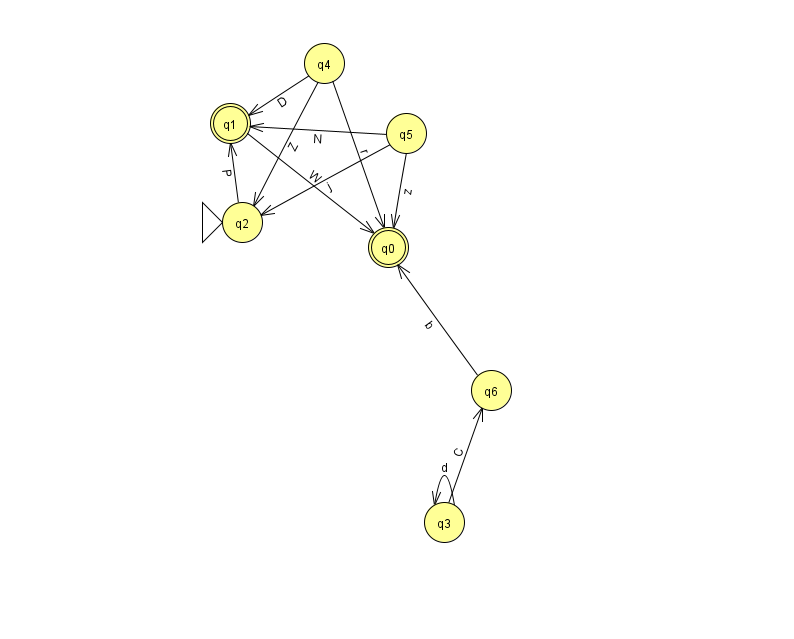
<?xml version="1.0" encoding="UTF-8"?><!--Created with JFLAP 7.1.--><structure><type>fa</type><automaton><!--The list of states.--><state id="0" name="q0"><x>388.0</x><y>234.0</y><final/></state><state id="1" name="q1"><x>230.0</x><y>110.0</y><final/></state><state id="2" name="q2"><x>242.0</x><y>209.0</y><initial/></state><state id="3" name="q3"><x>444.0</x><y>509.0</y></state><state id="4" name="q4"><x>324.0</x><y>50.0</y></state><state id="5" name="q5"><x>406.0</x><y>120.0</y></state><state id="6" name="q6"><x>491.0</x><y>377.0</y></state><!--The list of transitions.--><transition><from>1</from><to>0</to><read>W</read></transition><transition><from>4</from><to>2</to><read>Z</read></transition><transition><from>2</from><to>1</to><read>P</read></transition><transition><from>3</from><to>3</to><read>d</read></transition><transition><from>3</from><to>6</to><read>C</read></transition><transition><from>6</from><to>0</to><read>b</read></transition><transition><from>5</from><to>2</to><read>j</read></transition><transition><from>5</from><to>1</to><read>N</read></transition><transition><from>4</from><to>0</to><read>r</read></transition><transition><from>4</from><to>1</to><read>D</read></transition><transition><from>5</from><to>0</to><read>z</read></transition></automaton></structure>